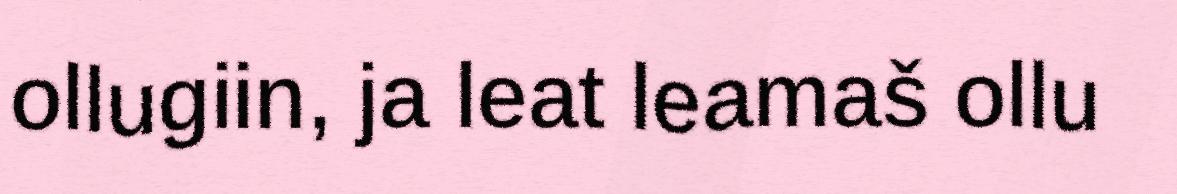
ollugiin, ja leat leamaš ollu